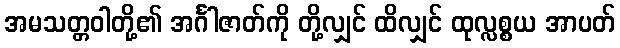
အမသတ္တဝါတို့၏ အင်္ဂါဇာတ်ကို တို့လျှင် ထိလျှင် ထုလ္လစ္စယ အာပတ်